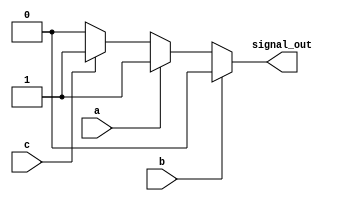
module multiple_drivers (
    input wire a,
    input wire b,
    input wire c,
    output wire signal_out
);

// Internal wire to hold the value of the signal
wire driver1_out;
wire driver2_out;
wire driver3_out;

// Driver 1: Operates based on signal 'a'
always @ (*) begin
    if (a) begin
        driver1_out = 1'b1;   // Driver 1 drives high when 'a' is high
    end else begin
        driver1_out = 1'b0;   // Otherwise, driver 1 drives low
    end
end

// Driver 2: Operates based on signal 'b'
always @ (*) begin
    if (b) begin
        driver2_out = 1'b0;   // Driver 2 drives low, takes precedence over driver 1
    end else begin
        driver2_out = 1'b1;   // Otherwise, driver 2 drives high
    end
end

// Driver 3: Operates based on signal 'c'
always @ (*) begin
    if (c) begin
        driver3_out = 1'b1;   // Driver 3 drives high when 'c' is high
    end else begin
        driver3_out = 1'b0;   // Otherwise, driver 3 drives low
    end
end

// Continuous assignment to resolve conflicts based on defined priorities
assign signal_out = (b) ? driver2_out : 
                    (a) ? driver1_out : 
                    driver3_out;

endmodule